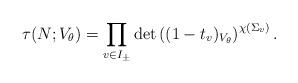
LaTeX: \begin{align*}\tau(N; V_\theta) = \prod_{v \in I_\pm} {\det}\left( (1 - t_v)_{V_\theta}\right)^{\chi(\Sigma_v)}.\end{align*}